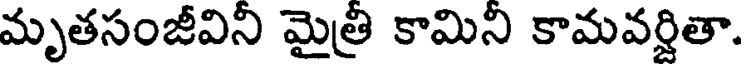
మృతసంజీవిని మైత్రి కామిని కామవర్షితా.